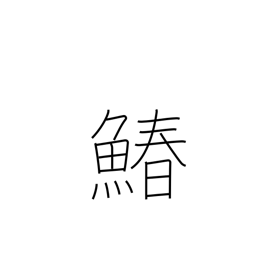
Meaning: Spanish mackerel